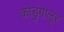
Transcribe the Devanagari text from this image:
कोडुंगालूर